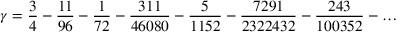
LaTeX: \gamma = { \frac { 3 } { 4 } } - { \frac { 1 1 } { 9 6 } } - { \frac { 1 } { 7 2 } } - { \frac { 3 1 1 } { 4 6 0 8 0 } } - { \frac { 5 } { 1 1 5 2 } } - { \frac { 7 2 9 1 } { 2 3 2 2 4 3 2 } } - { \frac { 2 4 3 } { 1 0 0 3 5 2 } } - \ldots